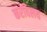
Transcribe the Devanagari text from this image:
करविलय